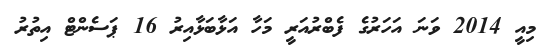
މިއީ 2014 ވަނަ އަހަރުގެ ފެބްރުއަރީ މަހާ އަޅާބަޅާއިރު 16 ޕަސެންޓް އިތުރު